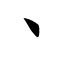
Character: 丶